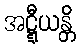
အဋ္ဋီယန္တိ